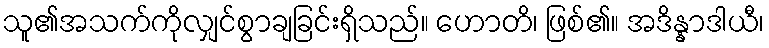
သူ၏အသက်ကိုလျှင်စွာချခြင်းရှိသည်။ ဟောတိ၊ ဖြစ်၏။ အဒိန္နာဒါယီ၊